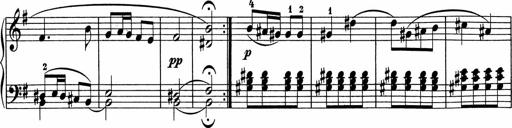
Title: 5 Sonatinen fÃ¼r die Jugend
Composer: Carl Reinecke